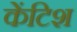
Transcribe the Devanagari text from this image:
केंटिश